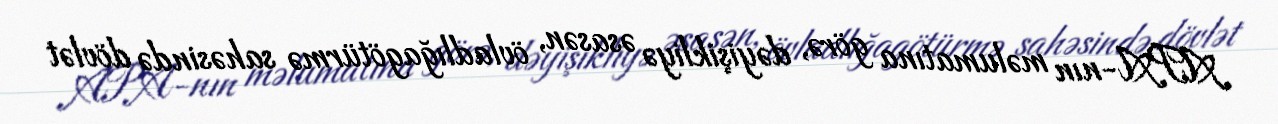
APA-nın məlumatına görə, dəyişikliyə əsasən, övladlığagötürmə sahəsində dövlət